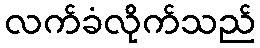
လက်ခံလိုက်သည်